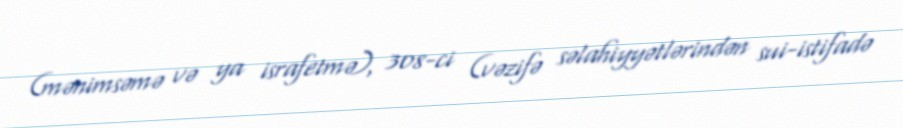
(mənimsəmə və ya israfetmə), 308-ci (vəzifə səlahiyyətlərindən sui-istifadə